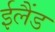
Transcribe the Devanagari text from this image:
ईलैंड